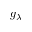
g _ { \lambda }